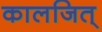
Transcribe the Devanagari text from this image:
कालजित्‌